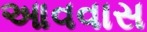
આવવાસ